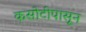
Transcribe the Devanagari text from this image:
कसोटीपासून